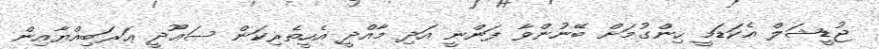
ޖުޑީޝަލް އެކަޑަމީ ހިންގުމަށް ބޭނުންވާ ފަންނީ އަދި މާއްދީ އެހީތެރިކަން ސަޢޫދީ ޢަރަބިއްޔާއިން